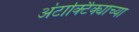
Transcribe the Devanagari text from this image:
अंटार्क्टिक्याच्या